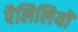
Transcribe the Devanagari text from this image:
पैलिलियों